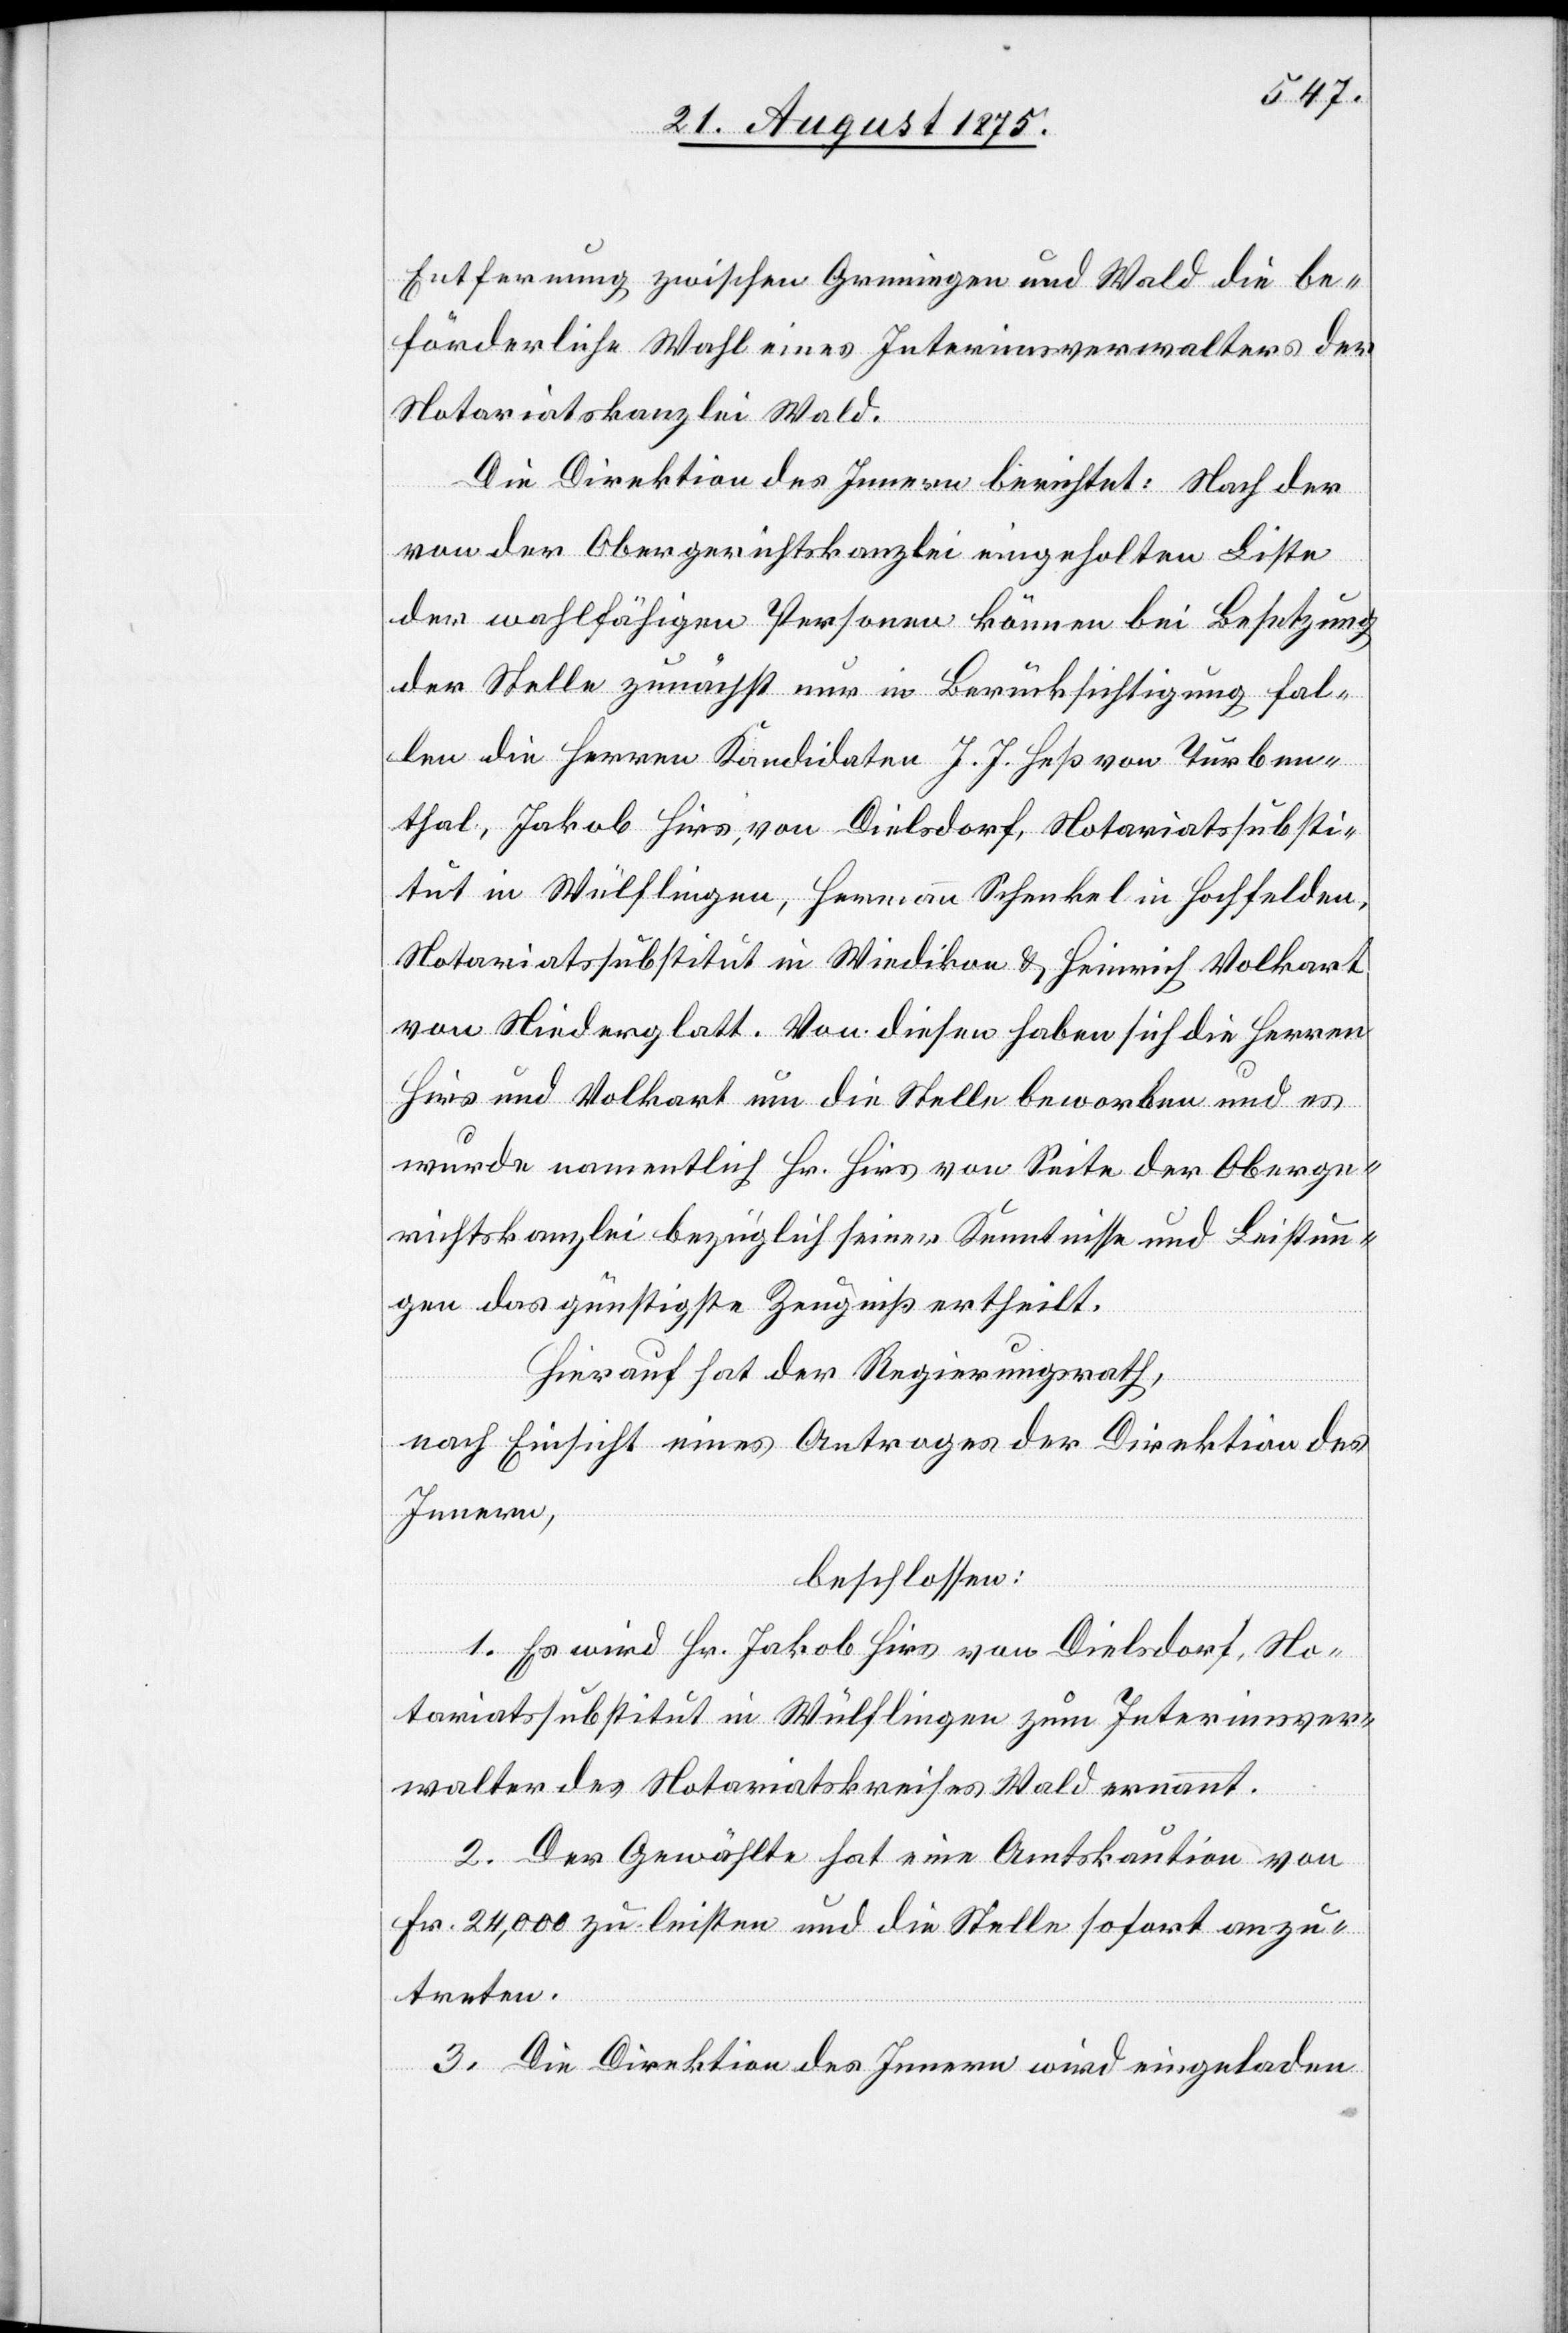
Entfernung zwischen Grüningen und Wald die be¬
förderliche Wahl eines Interimsverwalters der
Notariatskanzlei Wald.
von der Obergerichtskanzlei eingeholten Liste
der wohlthätigen Personen können bei Besetzung
der Stelle zunächst nur in Berücksichtigung fal¬
len die Herren Kandidaten J. J. Heß von Turben¬
thal, Jakob Hirs, von Dielsdorf, Notariatssubsti¬
tut in Wülflingen, Hermann Schenkel in Hochfelden,
Notariatssubstitut in Wiedikon & Heinrich Volkart
von Niederglatt. Von diesen haben sich die Herren
Hirs und Volkart um die Stelle beworben und es
wurde namentlich Hr. Hirs von Seite der Oberge¬
richtskanzlei bezüglich seiner Kenntnisse und Bestimmun¬
gen das günstigste Zeugniß ertheilt.
Hierauf hat der Regierungsrath,
nach Einsicht eines Antrages der Direktion des
Innern,
beschlossen:
1. Es wird Hr. Jakob Hirs von Dielsdorf, No¬
tariatssubstitut in Wülflingen zum Interimsver¬
der
walter des Notariatskreises Wald ernannt.
2. Der Gewählte hat eine Amtskaution von
Fr. 24,000 zu leisten und die Stelle sofort anzu¬
treten.
3. Die Direktion des Innern wird eingeladen